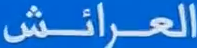
العِرائَش